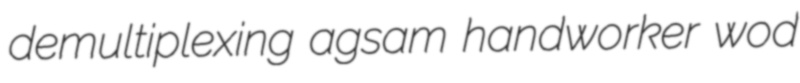
demultiplexing agsam handworker wod